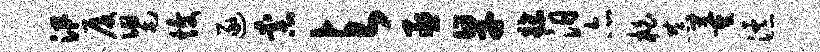
汛厦舄愎逐柰与丞旱牒汨亦柏恭董瀑